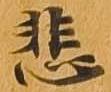
悲